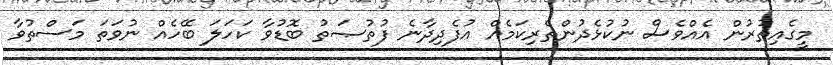
މީގެއިތުރުން އެއްވެސް ނުކުޅެދުންތެރިކަމެއް އުފެދިދާނެ ފުތުޞަތު ބޮޑުވާ ކަހަލަ ބޭހެއް ނުވަތަ މަސްތުވާ